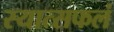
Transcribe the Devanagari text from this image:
स्यात्सफलं